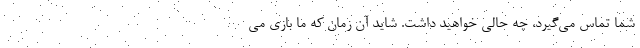
شما تماس مي‌گيرد، چه حالي خواهيد داشت. شايد آن زمان كه ما بازي مي